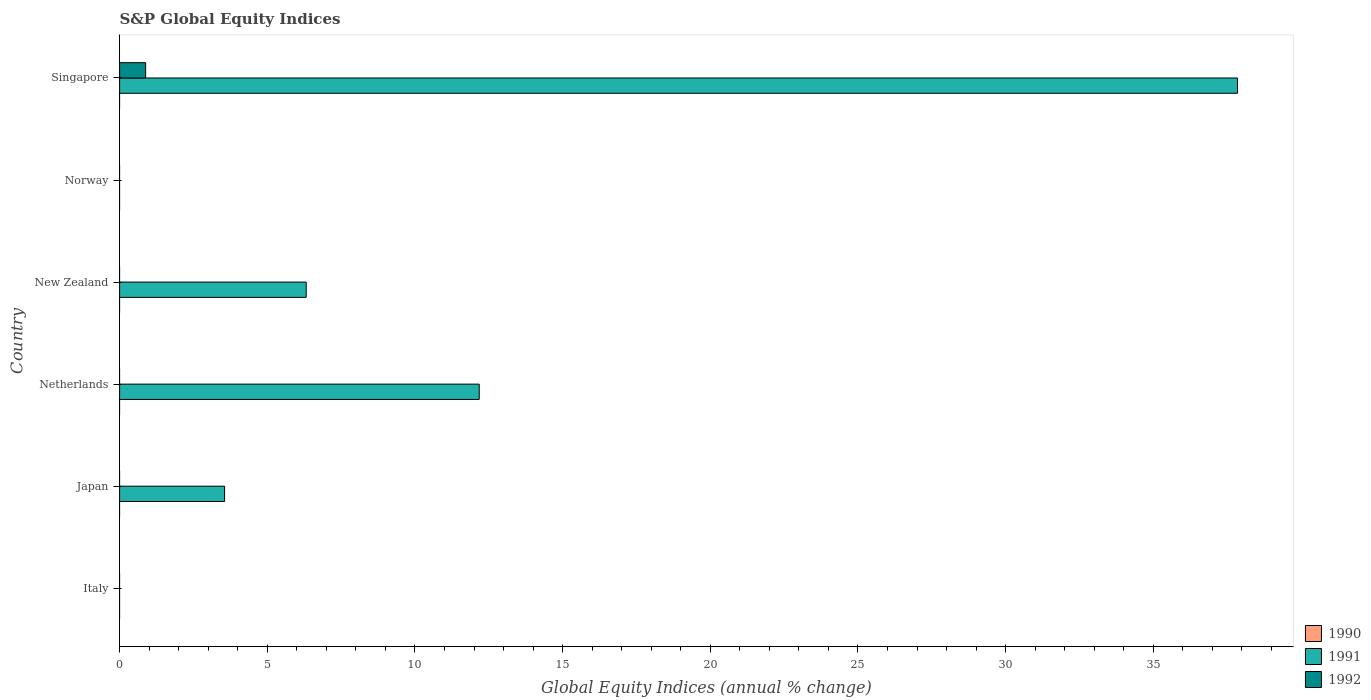
| Country | 1990 | 1991 | 1992 |
 | --- | --- | --- | --- |
 | Italy | -16 | -3.01 | -29.9 |
 | Japan | -34.8 | 3.55 | -25.7 |
 | Netherlands | -6.58 | 12.2 | -2.31 |
 | New Zealand | -39.6 | 6.32 | -8.78 |
 | Norway | -7.17 | -10.4 | -23.7 |
 | Singapore | -12.4 | 37.9 | 0.881 |